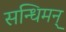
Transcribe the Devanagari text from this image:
सन्धिमन्